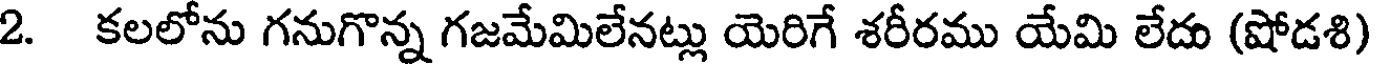
2. కలలోను గనుగొన్న గజమేమిలేనట్లు యెరిగే శరీరము యేమి లేదు (షోడశి)